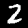
Digit: 2